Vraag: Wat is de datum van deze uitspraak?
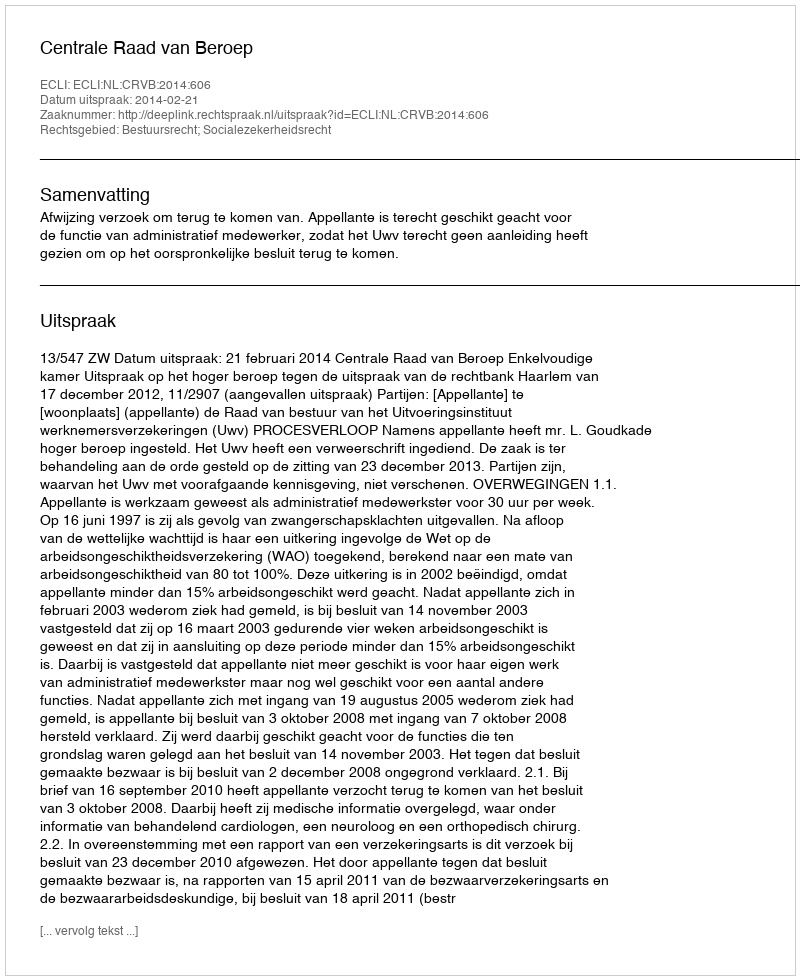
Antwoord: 2014-02-21